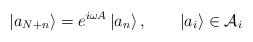
LaTeX: \begin{align*}\left| a_{N+n}\right\rangle =e^{i\omega A}\left| a_{n}\right\rangle ,\qquad \left| a_{i}\right\rangle \in {\cal A}_{i}\end{align*}